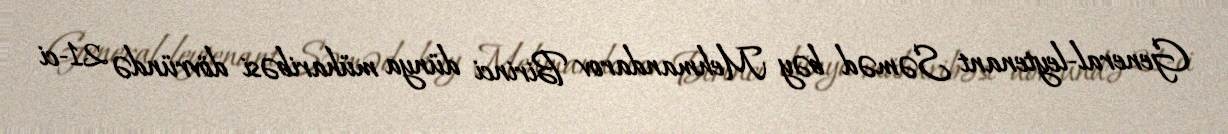
General-leytenant Səməd bəy Mehmandarov Birinci dünya müharibəsi dövründə 21-ci